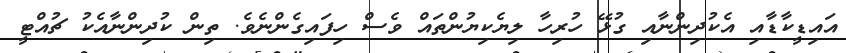
އައިޑީކާޑާއި އެކުދިންނާއި ގުޅޭ ހުރިހާ ލިޔެކިޔުންތައް ވެސް ހިފައިގެންނެވެ. ތިން ކުދިންނާއެކު ޗުއްޓީ